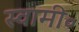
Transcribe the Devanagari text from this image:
स्वामी॰